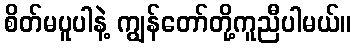
စိတ်မပူပါနဲ့ ကျွန်တော်တို့ကူညီပါမယ်။